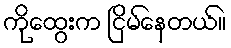
ကိုထွေးက ငြိမ်နေတယ်။